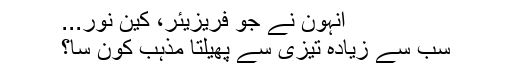
انہون نے جو فریزیئر، کین نور...
سب سے زيادہ تیزی سے پھیلتا مذہب کون سا؟